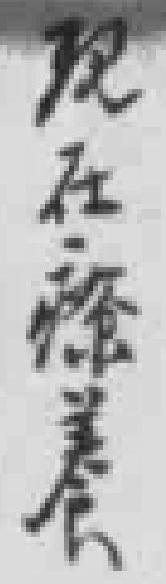
现在療養